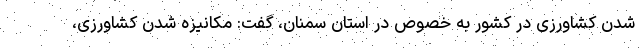
شدن کشاورزی در کشور به خصوص در استان سمنان، گفت: مکانیزه شدن کشاورزی،